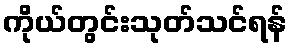
ကိုယ်တွင်းသုတ်သင်ရန်